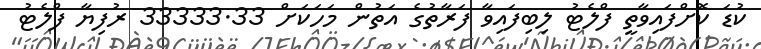
ކުޑަ ކޮށްފައިވާތީ ފްލެޓު ލިބިފައިވާ ފަރާތުގެ އަތުން މަހަކަށް 33333.33 ރުފިޔާ ފްލެޓު